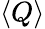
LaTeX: \left\langle Q\right\rangle